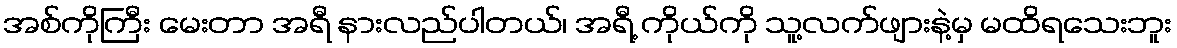
အစ်ကိုကြီး မေးတာ အရီ နားလည်ပါတယ်၊ အရီ့ ကိုယ်ကို သူ့လက်ဖျားနဲ့မှ မထိရသေးဘူး